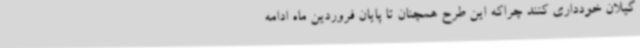
گیلان خودداری کنند چراکه این طرح همچنان تا پایان فروردین ماه ادامه